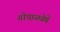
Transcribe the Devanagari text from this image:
गोपाळवेषें